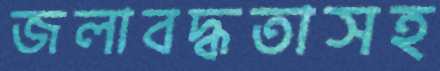
জলাবদ্ধতাসহ